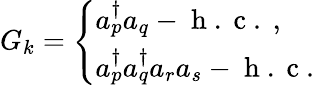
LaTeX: G_{k}=\left\{ \begin{array}{ll}{a_{p}^{\dagger}a_{q}-\mathrm{~h~.~c~.~},}\\ {a_{p}^{\dagger}a_{q}^{\dagger}a_{r}a_{s}-\mathrm{~h~.~c~.~}}\end{array}\right.